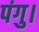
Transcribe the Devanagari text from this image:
पंगु।